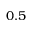
0 . 5